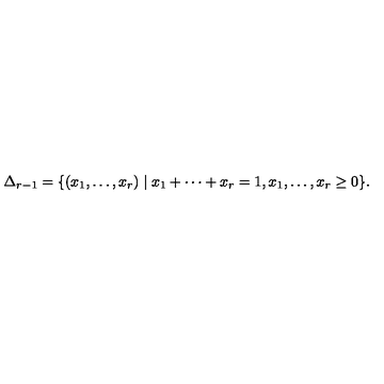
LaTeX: \Delta _ { r - 1 } = \{ ( x _ { 1 } , \dots , x _ { r } ) \mid x _ { 1 } + \cdots + x _ { r } = 1 , x _ { 1 } , \dots , x _ { r } \geq 0 \} .